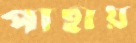
পাছায়